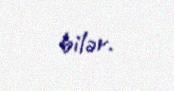
bilər.